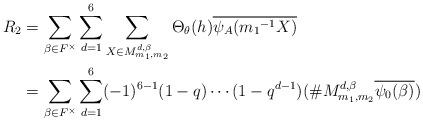
LaTeX: \begin{align*} R_2 &=\sum_{\beta \in F^{\times}}\sum_{d=1}^{6}\sum_{X \in M_{m_{1},m_{2}}^{ d,\beta}}\Theta_{\theta}(h)\overline{\psi_A({m_1}^{-1}X)}\\ &=\sum_{\beta \in F^{\times}} \sum_{d=1}^{6}(-1)^{6-1}(1-q) \cdots (1-q^{d-1})(\# M_{m_{1},m_{2}}^{ d,\beta}\overline{\psi_0(\beta)}) \end{align*}